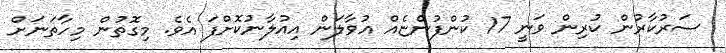
ސަރުކާރުން ކުރިން ވަނީ 17 ކުންފުންޏެއް އުވާލަން އިއުލާނުކޮށްފަ އެވެ. މިގޮތުން މިހާތަނަށް